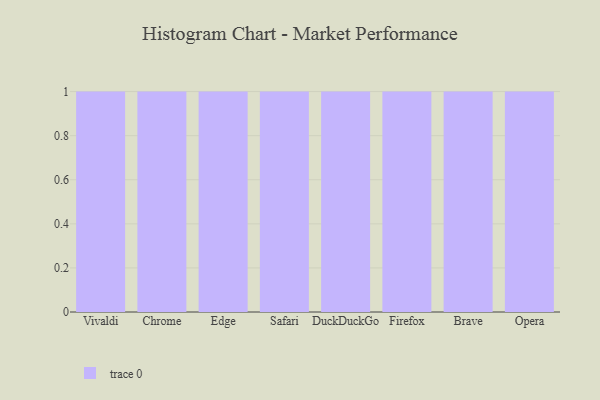
{"axis": {"x": "Browser", "y": "Website Visitors"}, "legend": [""], "data": [{"x": "Vivaldi", "y": 96, "type": ""}, {"x": "Chrome", "y": 19, "type": ""}, {"x": "Edge", "y": 67, "type": ""}, {"x": "Safari", "y": 39, "type": ""}, {"x": "DuckDuckGo", "y": 81, "type": ""}, {"x": "Firefox", "y": 67, "type": ""}, {"x": "Brave", "y": 22, "type": ""}, {"x": "Opera", "y": 38, "type": ""}]}